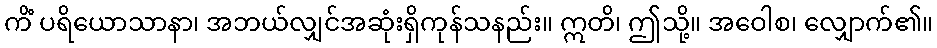
ကိံ ပရိယောသာနာ၊ အဘယ်လျှင်အဆုံးရှိကုန်သနည်း။ ဣတိ၊ ဤသို့။ အဝေါစ၊ လျှောက်၏။